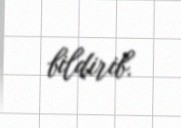
bildirib.